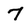
Character: 7